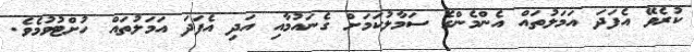
ކުރެވޭ އެފަދަ އަމަލުތައް އެންމެންގެ ސަމާލުކަމަށް ގެނައުމާއި އަދި އެފަދަ އަމަލުތައް ހުށްޓުވުމެވެ.